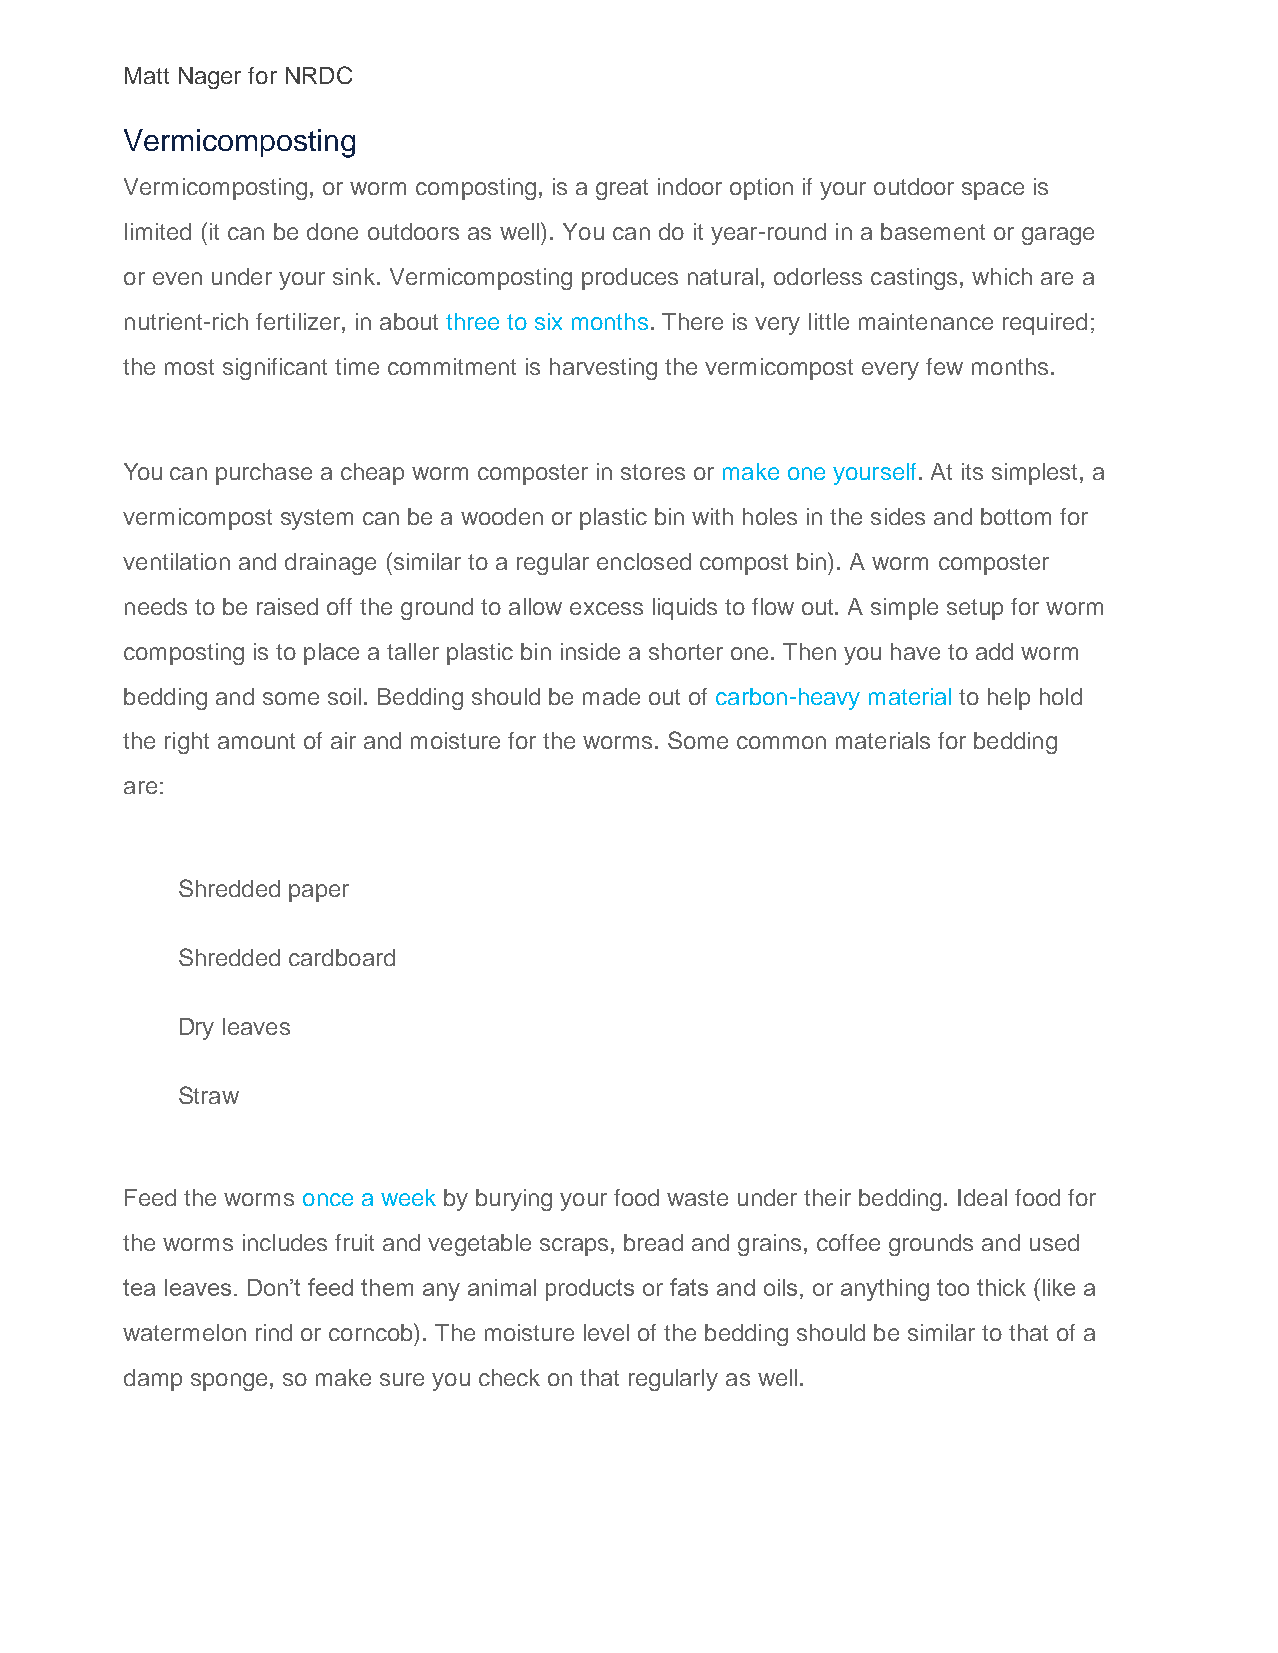
Matt Nager for NRDC
 Vermicomposting
 Vermicomposting, or worm composting, is a great indoor option if your outdoor space is
 limited (it can be done outdoors as well). You can do it year-round in a basement or garage
 or even under your sink. Vermicomposting produces natural, odorless castings, which are a
 nutrient-rich fertilizer, in about three to six months. There is very little maintenance required;
 the most significant time commitment is harvesting the vermicompost every few months.
 You can purchase a cheap worm composter in stores or make one yourself. At its simplest, a
 vermicompost system can be a wooden or plastic bin with holes in the sides and bottom for
 ventilation and drainage (similar to a regular enclosed compost bin). A worm composter
 needs to be raised off the ground to allow excess liquids to flow out. A simple setup for worm
 composting is to place a taller plastic bin inside a shorter one. Then you have to add worm
 bedding and some soil. Bedding should be made out of carbon-heavy material to help hold
 the right amount of air and moisture for the worms. Some common materials for bedding
 are:
 Shredded paper
 Shredded cardboard
 Dry leaves
 Straw
 Feed the worms once a week by burying your food waste under their bedding. Ideal food for
 the worms includes fruit and vegetable scraps, bread and grains, coffee grounds and used
 tea leaves. Don’t feed them any animal products or fats and oils, or anything too thick (like a
 watermelon rind or corncob). The moisture level of the bedding should be similar to that of a
 damp sponge, so make sure you check on that regularly as well.